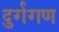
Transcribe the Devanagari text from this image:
दुर्गगण